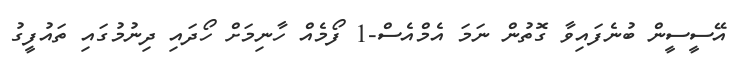
އޭސީސީން ބުނެފައިވާ ގޮތުން ނަމަ އެމްއެސް-1 ފޯމެއް ހާނިމަށް ހޯދައި ދިނުމުގައި ތައުފީގު